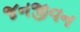
જનજીવન